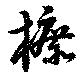
柘